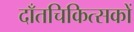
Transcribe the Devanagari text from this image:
दाँतचिकित्सकों